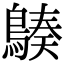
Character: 𪃆